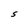
Character: S